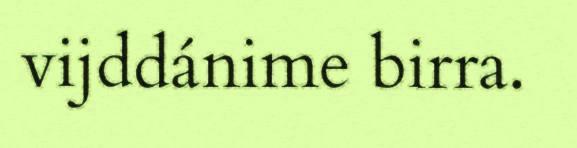
vijddánime birra.